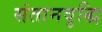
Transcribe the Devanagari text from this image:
संतानवृद्धि